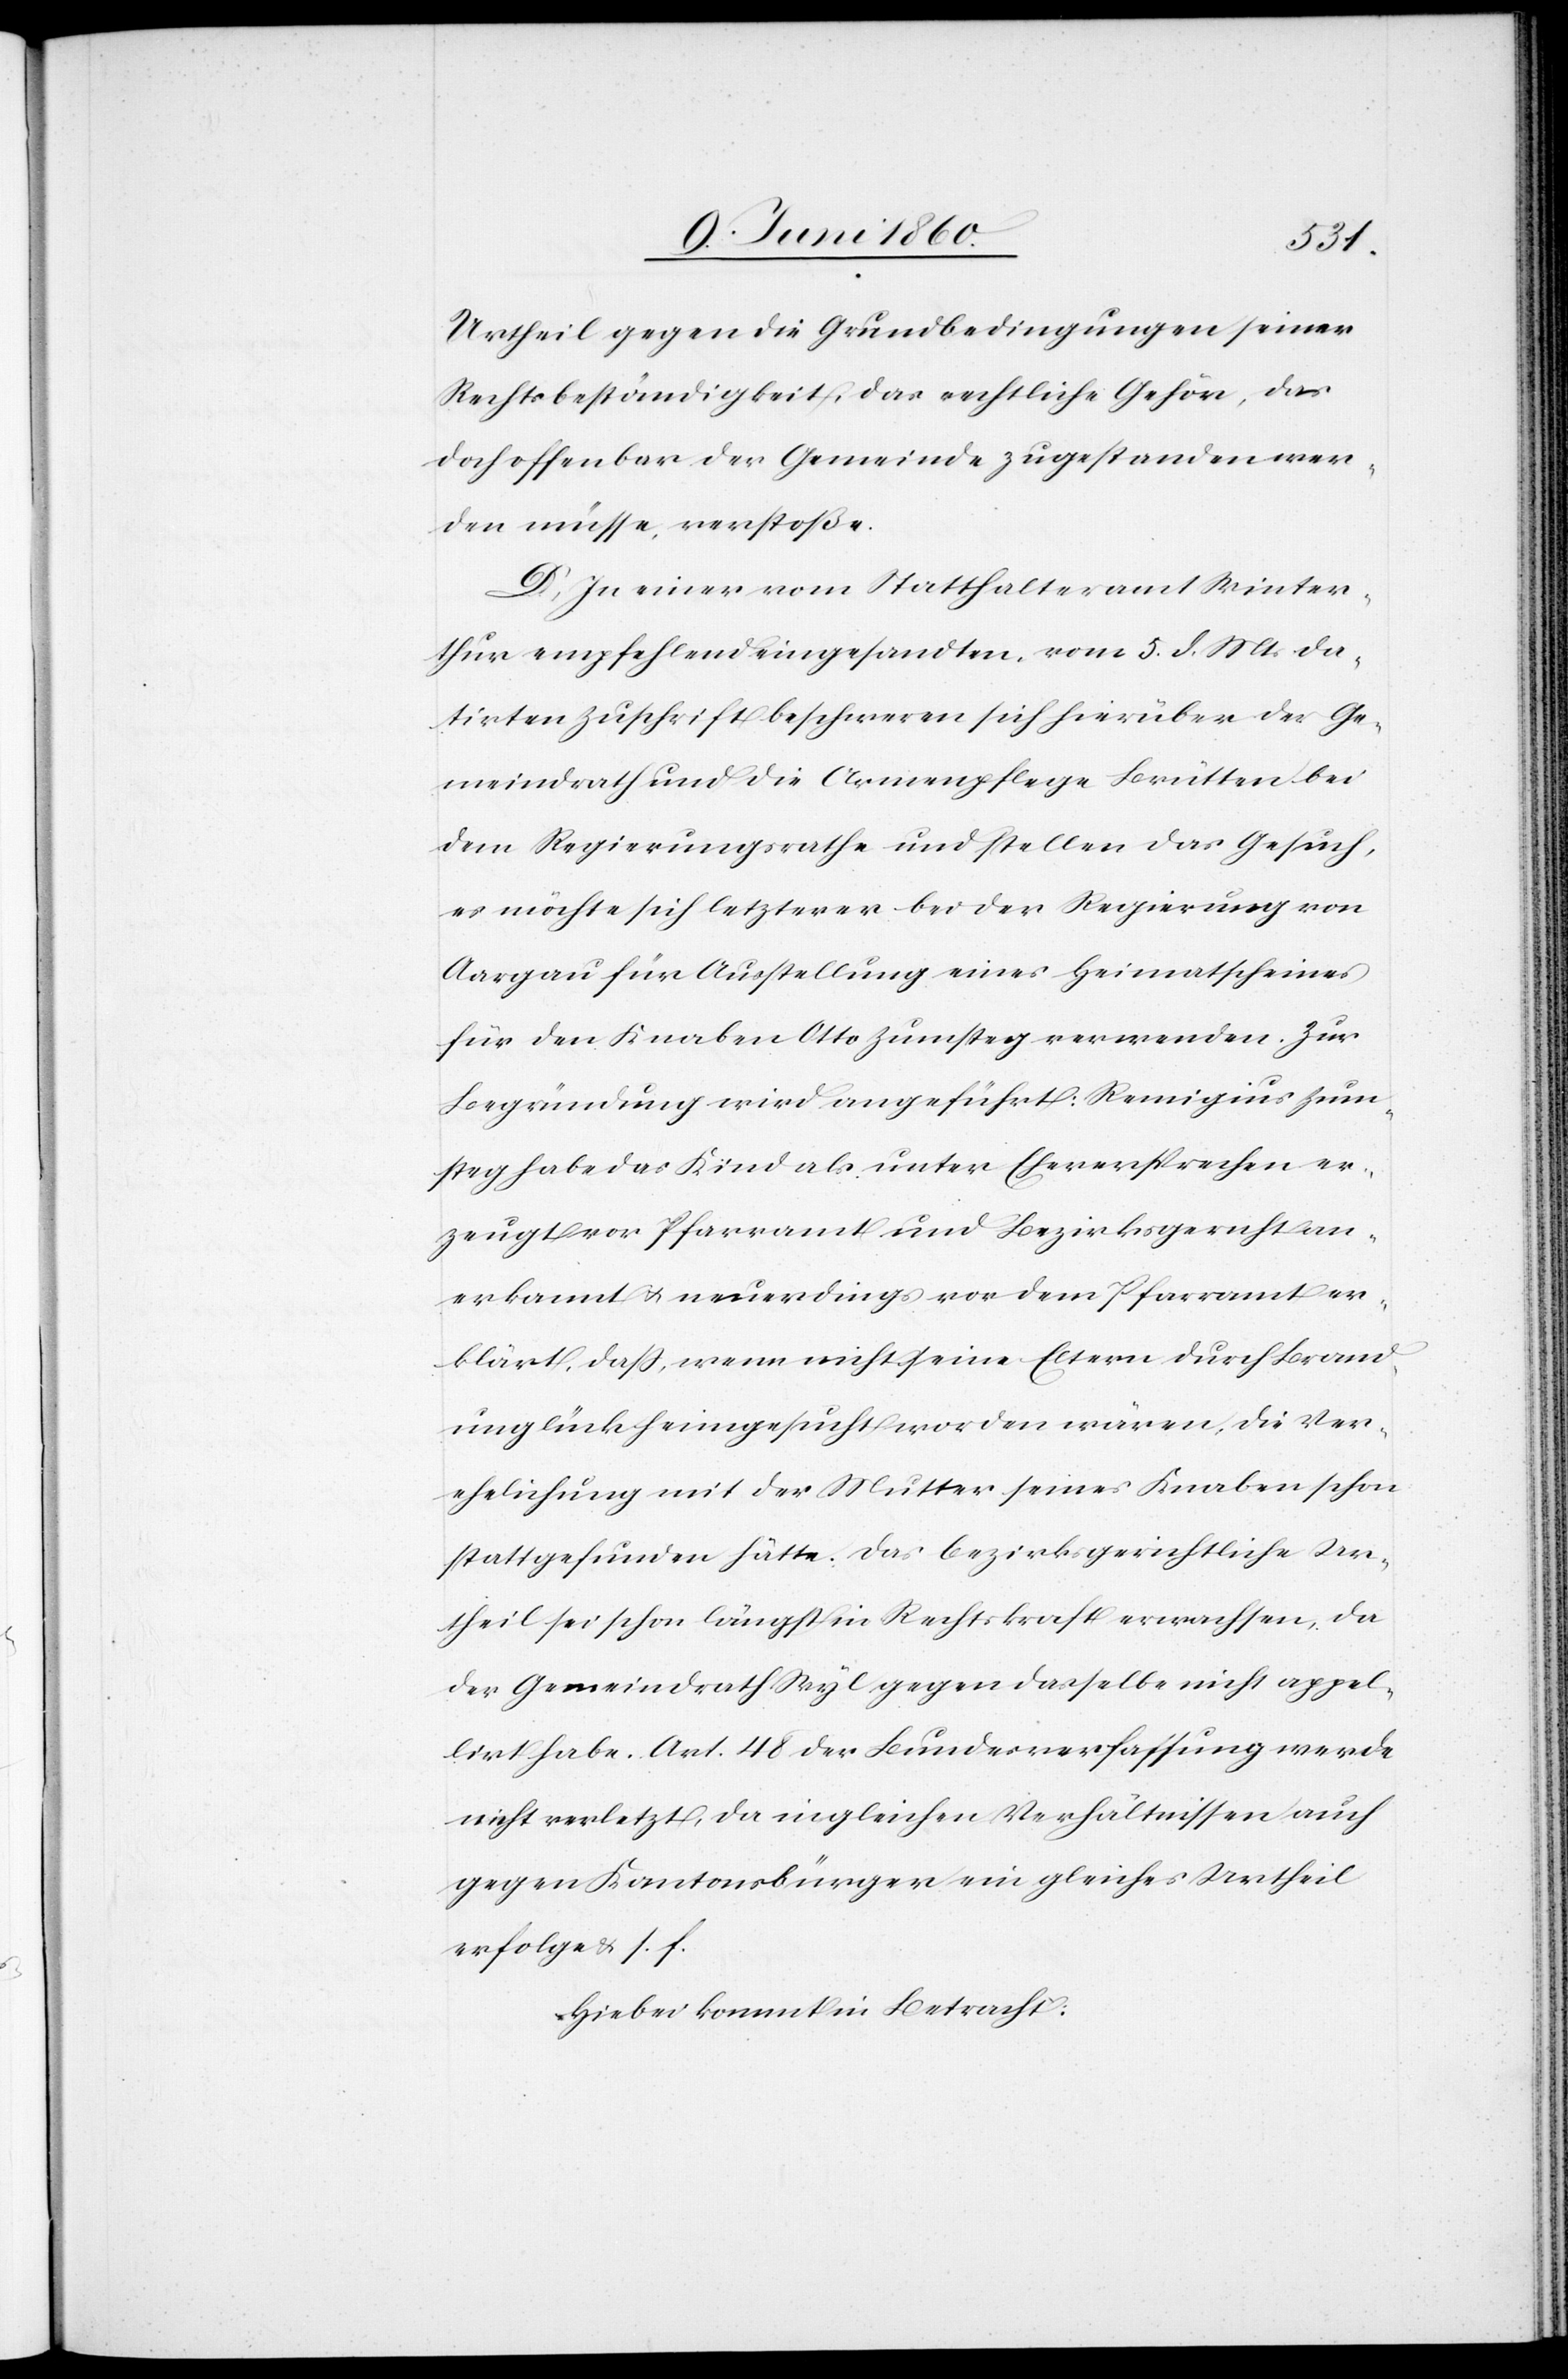
Urtheil gegen die Grundbedingungen seiner
Rechtsbeständigkeit, das rechtliche Gehör, das
doch offenbar der Gemeinde zugestanden wer¬
den müsse, verstoße.
D. In einer vom Statthalteramt Winter¬
thur empfehlend eingesandten, vom 5. d. Mts. da¬
tirten Zuschrift beschweren sich hierüber der Ge¬
meindrath und die Armenpflege Brütten bei
dem Regierungsrathe und stellen das Gesuch,
es möchte sich letzterer bei der Regierung von
Aargau für Ausstellung eines Heimatscheines
für den Knaben Otto Zumsteg verwenden. Zur
Begründung wird angeführt: Remigius Zum¬
steg habe das Kind als unter Eheversprechen er¬
zeugt vor Pfarramt und Bezirksgericht an¬
erkannt u. neuerdings vor dem Pfarramt er¬
klärt, dass, wenn nicht seine Eltern durch Brand¬
unglück heimgesucht worden wären, die Ver¬
ehelichung mit der Mutter seines Knaben schon
stattgefunden hätte. Das bezirksgerichtliche Ur¬
theil sei schon längst in Rechtskraft erwachsen, da
der Gemeindrath Wyl gegen dasselbe nicht appel¬
lirt habe. Art. 48 der Bundesverfassung werde
nicht verletzt, da in gleichen Verhältnissen auch
gegen Kantonsbürger ein gleiches Urtheil
erfolge u. s. f.
Hiebei kommt in Betracht: